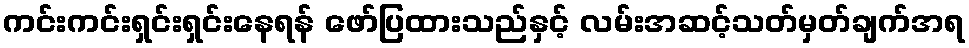
ကင်းကင်းရှင်းရှင်းနေရန် ဖော်ပြထားသည်နှင့် လမ်းအဆင့်သတ်မှတ်ချက်အရ